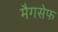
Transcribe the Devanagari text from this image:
मैगसेफ